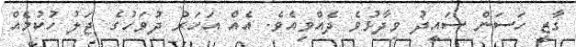
ގާޒީ ހަސަން ސައީދު ވިދާޅުވެ ދެއްވިއެވެ. އެއް އަހަރު ދުވަހުގެ ޖަލު ހުކުމެއް